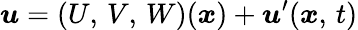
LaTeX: \boldsymbol{u}=(U,\, V,\, W)(\boldsymbol{x})+\boldsymbol{u}^{\prime}(\boldsymbol{x},\, t)